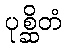
ပုစ္ဆိတံ